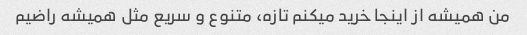
من همیشه از اینجا خرید میکنم تازه، متنوع و سریع مثل همیشه راضیم